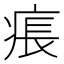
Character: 痮